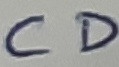
Text: CD